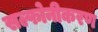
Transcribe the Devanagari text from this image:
सल्फोनीकरण